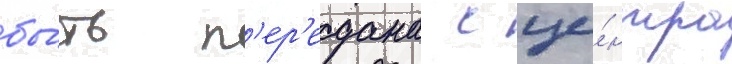
бы́ть п'ер'едана с це́нтра